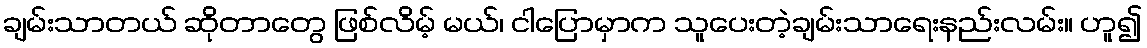
ချမ်းသာတယ် ဆိုတာတွေ ဖြစ်လိမ့် မယ်၊ ငါပြောမှာက သူပေးတဲ့ချမ်းသာရေးနည်းလမ်း။ ဟူ၍